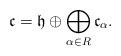
LaTeX: \begin{align*}\mathfrak{c}=\mathfrak{h}\oplus\bigoplus_{\alpha\in R}\mathfrak{c}_\alpha.\end{align*}